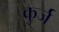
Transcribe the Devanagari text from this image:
कुर्ज